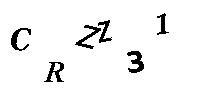
CRZZ31